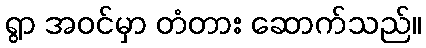
ရွာ အဝင်မှာ တံတား ဆောက်သည်။